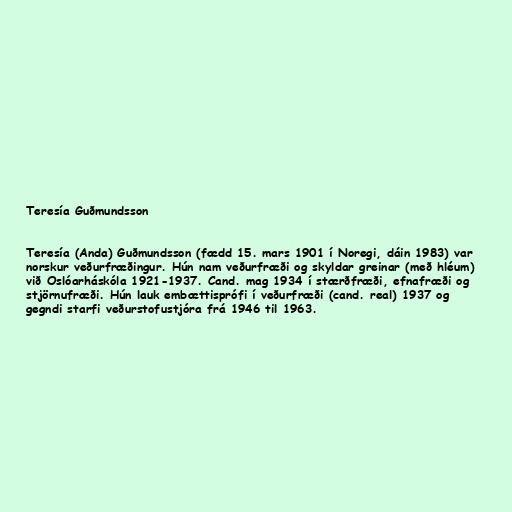
Teresía Guðmundsson

Teresía (Anda) Guðmundsson (fædd 15. mars 1901 í Noregi, dáin 1983) var
norskur veðurfræðingur. Hún nam veðurfræði og skyldar greinar (með hléum)
við Oslóarháskóla 1921-1937. Cand. mag 1934 í stærðfræði, efnafræði og
stjörnufræði. Hún lauk embættisprófi í veðurfræði (cand. real) 1937 og
gegndi starfi veðurstofustjóra frá 1946 til 1963.